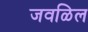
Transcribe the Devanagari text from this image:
जवळिल